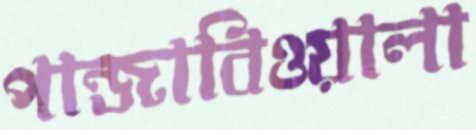
পান্জাবিওয়ালা